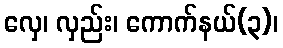
လှေ၊ လှည်း၊ ကောက်နယ်(၃)၊